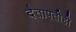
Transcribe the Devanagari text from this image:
दैतापतीही